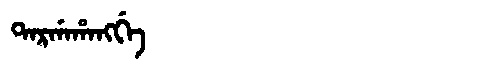
Manchu: ᡨᠠᡵᡤᠠᡥᠠᠩᡤᡝ
Romanization: TARGAHANGGE